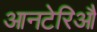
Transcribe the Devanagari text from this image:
आनटेरिऔ